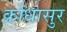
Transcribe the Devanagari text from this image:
क्रोधासुर